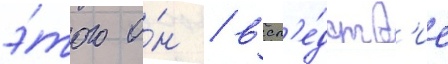
э́того о́н / всл'е́дств'ие